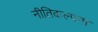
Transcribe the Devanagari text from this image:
नीतिकल्पना